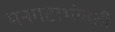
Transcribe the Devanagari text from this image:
मनगटाभोवती